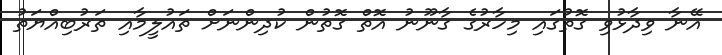
އޭނާ ވިދާޅުވި ގޮތުގައި މިހާރުގެ ގާނޫނު އޮތް ގޮތުން ކުދިންނަށް ތައުލީމާއި ތަރުބިއްޔަތު